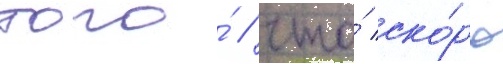
того́ / что́ ско́ро